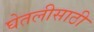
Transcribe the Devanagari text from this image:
घेतलीसाठी